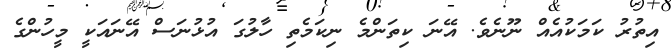
އިތުރު ކަމަކުއެއް ނޫނެވެ. އޭނަ ކިތަންމެ ނިކަމެތި ހާލުގަ އުޅުނަސް އޭނައަކީ މީހުުންގެ